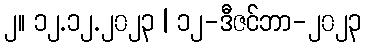
၂။ ၁၂.၁၂.၂၀၂၃ | ၁၂-ဒီဇင်ဘာ-၂၀၂၃